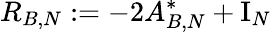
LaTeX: R_{B,N}:=-2A_{B,N}^{*}+\mathrm{I}_{N}